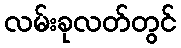
လမ်းခုလတ်တွင်